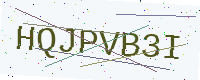
Text: HQJPVB3I